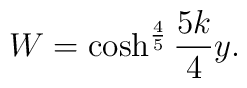
W = \cosh^{\frac{4}{5}} \frac{5k}{4}y.